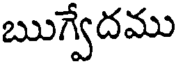
ఋగ్వేదము